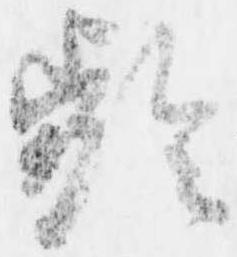
齢